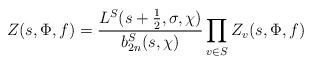
LaTeX: \begin{align*} Z(s,\Phi,f) = \frac{L^S(s+\frac{1}{2},\sigma,\chi)}{b_{2n}^S(s,\chi)} \prod_{v \in S} Z_v(s,\Phi,f)\end{align*}